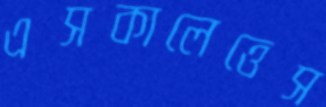
এসকালেত্তেস